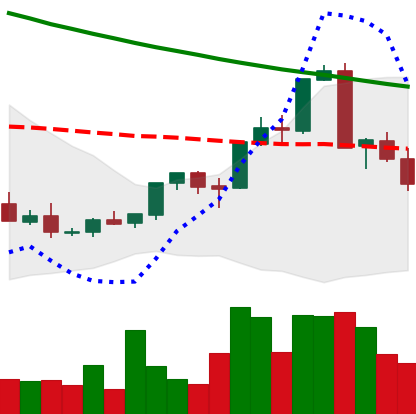
Ticker: XMR-USD
Chart end date: 2018-09-08
Forward return: 7.385%
Label: up_7plus